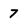
Character: 7